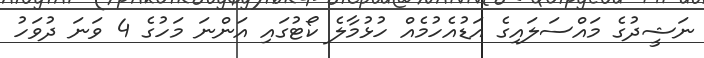
ނަޝީދުގެ މައްސަލައިގެ އަޑުއެހުމެއް ހުޅުމާލެ ކޯޓުގައި އަންނަ މަހުގެ 4 ވަނަ ދުވަހު